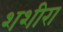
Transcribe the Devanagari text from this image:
शशीरा